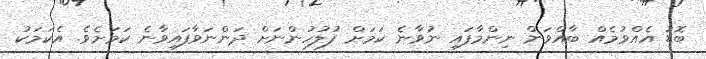
ބޮޑު އެއްވުމެއް ބާއްވަން ނިންމާފައި ނުވާނެ ކަމަށް ފުލުހުންނަށް ދަންނަވާފައިވާނެ ކަމަށެވެ. އެކަމަކު